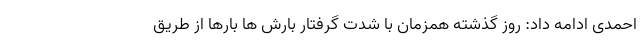
احمدی ادامه داد: روز گذشته همزمان با شدت گرفتار بارش ها بارها از طریق